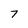
Character: 7